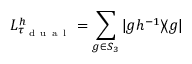
L _ { \tau _ { \mathrm { ~ d ~ u ~ a ~ l ~ } } } ^ { h } = \sum _ { g \in S _ { 3 } } | g h ^ { - 1 } \rangle \! \langle g |